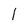
Character: l